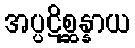
အပ္ပဋိစ္ဆန္နာယ